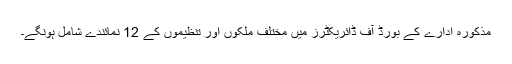
مذکورہ ادارے کے بورڈ آف ڈائریکٹرز میں مختلف ملکوں اور تنظیموں کے 12 نمائندے شامل ہونگے۔